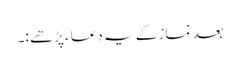
بعد نماز کے یہ دعاء پڑھے :۔